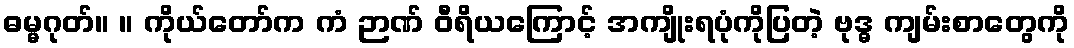
ဓမ္မဂုတ်။ ။ ကိုယ်တော်က ကံ ဉာဏ် ဝီရိယကြောင့် အကျိုးရပုံကိုပြတဲ့ ဗုဒ္ဓ ကျမ်းစာတွေကို